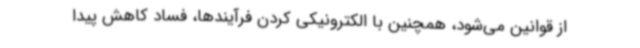
از قوانین می‌شود، همچنین با الکترونیکی کردن فرآیندها، فساد کاهش پیدا